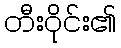
တီးဝိုင်း၏